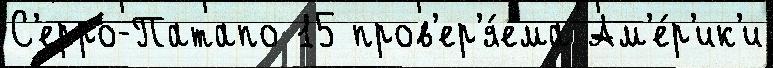
С'ерро-Патапо 15 пров'ер'я́ема Ам'е́р'ик'и